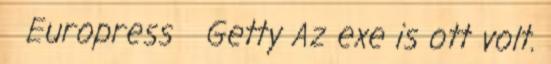
Europress Getty Az exe is ott volt.